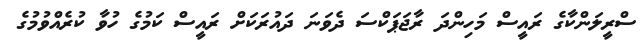
ސްރީލަންކާގެ ރައީސް މަހިންދަ ރާޖަޕަކްސަ ދެވަނަ ދައުރަކަށް ރައީސް ކަމުގެ ހުވާ ކުރެއްވުމުގެ